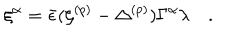
LaTeX: \xi ^ { \alpha } = { \bar { \epsilon } } ( \zeta ^ { ( p ) } - \Delta ^ { ( p ) } ) \Gamma ^ { \alpha } \lambda \quad .